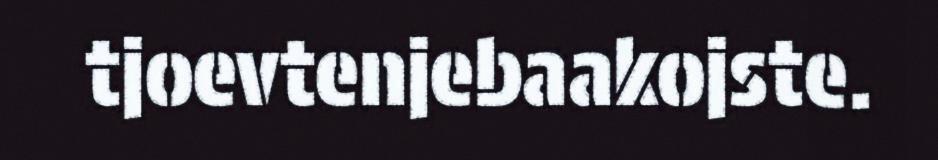
tjoevtenjebaakojste.